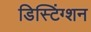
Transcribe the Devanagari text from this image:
डिस्टिंग्शन